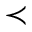
\prec